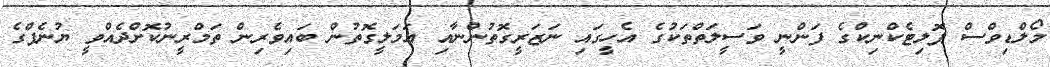
މޯލްޑިވްސް ޕޮލިޓެކްނިކްގެ ފަންނީ ވަސީލަތްތަކުގެ އެހީގައި ނަޒަރީގޮތުންނާއި އަމަލީގޮތުން ބައިވެރިން ތަމްރީނުކޮށްދެއްވީ ޔުނެޕްގެ